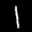
Label: 1